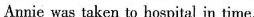
Annie was taken to hospital in time.